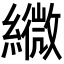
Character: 𦆓